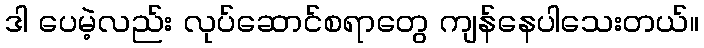
ဒါ ပေမဲ့လည်း လုပ်ဆောင်စရာတွေ ကျန်နေပါသေးတယ်။